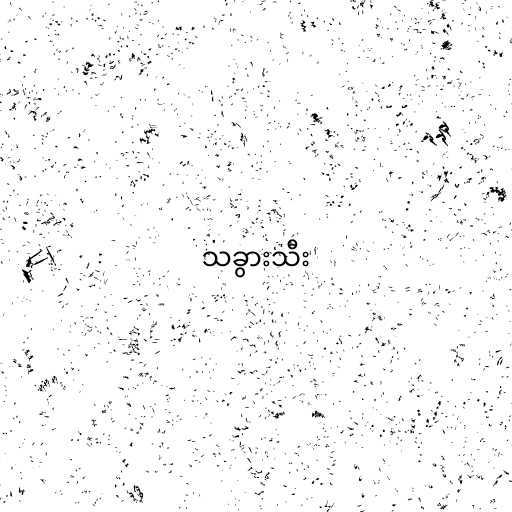
သခွားသီး